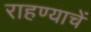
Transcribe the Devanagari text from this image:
राहण्याचें